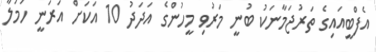
އެފްބީއައިގެ ތަރުޖަމާނަކު ބުނީ މަރުވި މީހުންގެ އަދަދު 10 އަކަށް އަރަނީ ހަމަލާ